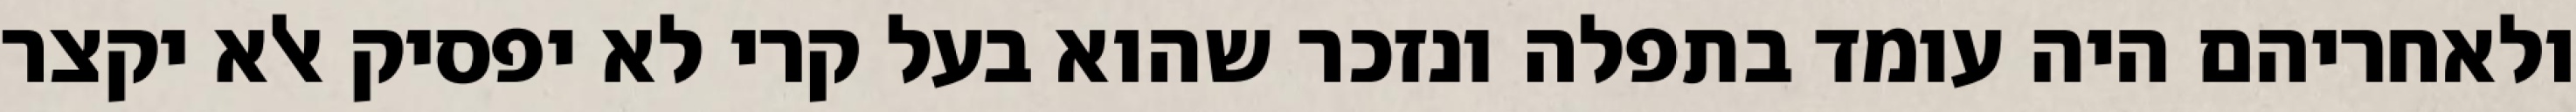
ולאחריהם היה עומד בתפלה ונזכר שהוא בעל קרי לא יפסיק אלא יקצר